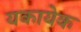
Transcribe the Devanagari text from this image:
यकायेक